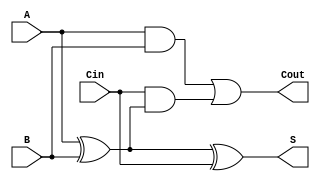
module async_full_adder (
    input wire A,      // First binary input
    input wire B,      // Second binary input
    input wire Cin,    // Carry-in input
    output wire S,     // Sum output
    output wire Cout   // Carry-out output
);

// Internal wires for intermediate calculations
wire A_xor_B;       // Intermediate wire for A XOR B
wire A_and_B;       // Intermediate wire for A AND B
wire Cin_and_A_xor_B; // Intermediate wire for Cin AND (A XOR B)

// Calculate the sum (S)
assign A_xor_B = A ^ B;          // A XOR B
assign S = A_xor_B ^ Cin;        // S = (A XOR B) XOR Cin

// Calculate the carry-out (Cout)
assign A_and_B = A & B;          // A AND B
assign Cin_and_A_xor_B = Cin & A_xor_B; // Cin AND (A XOR B)
assign Cout = A_and_B | Cin_and_A_xor_B; // Cout = (A AND B) OR (Cin AND (A XOR B))

endmodule